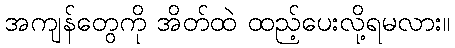
အကျန်တွေကို အိတ်ထဲ ထည့်ပေးလို့ရမလား။